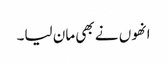
انھوں نے بھی مان لیا۔